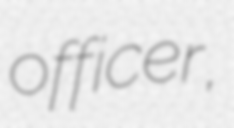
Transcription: officer,